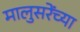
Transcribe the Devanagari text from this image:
मालुसरेंच्या